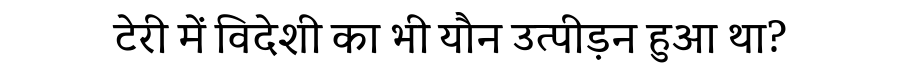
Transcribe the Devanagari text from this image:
टेरी में विदेशी का भी यौन उत्पीड़न हुआ था?